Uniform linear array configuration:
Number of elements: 8
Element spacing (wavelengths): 1
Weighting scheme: hann
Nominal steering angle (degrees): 0
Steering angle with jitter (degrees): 0.3608
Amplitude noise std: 0.05
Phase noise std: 0.05

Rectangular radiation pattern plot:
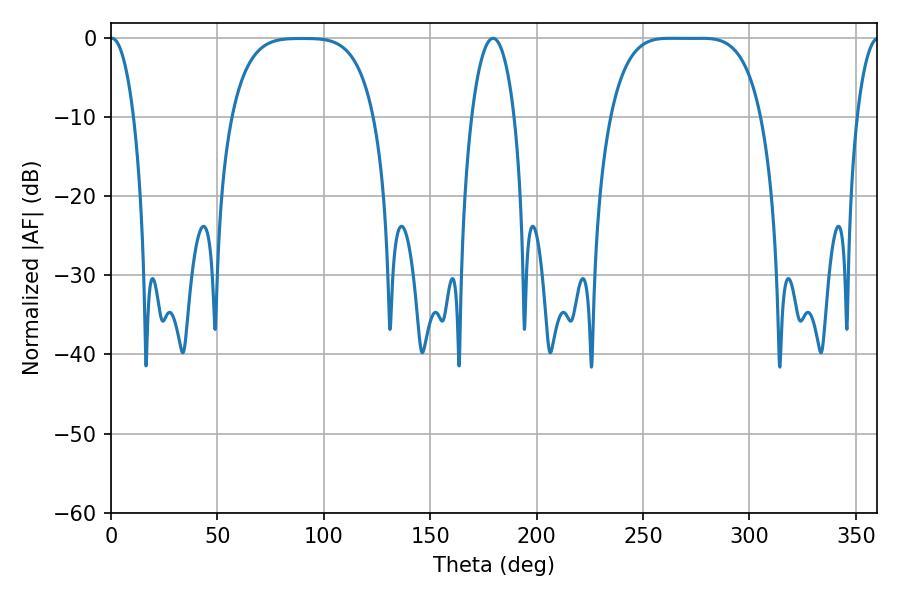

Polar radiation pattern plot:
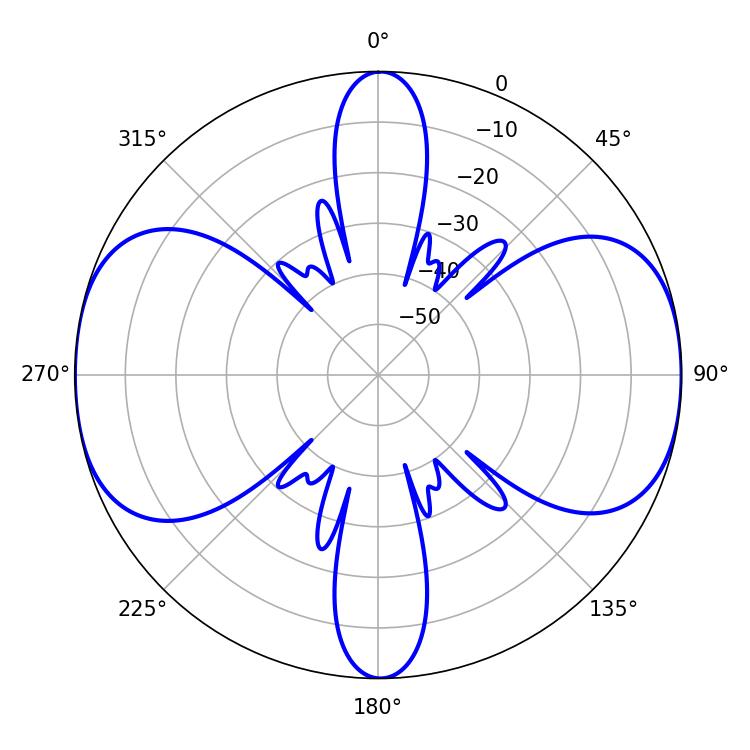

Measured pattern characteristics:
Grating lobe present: TRUE
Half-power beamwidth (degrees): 53.64
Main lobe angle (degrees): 262.62